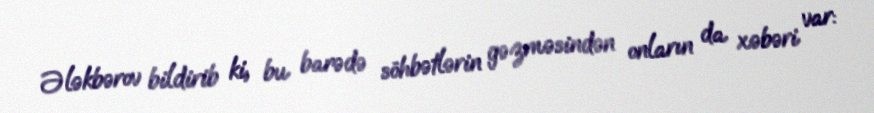
Ələkbərov bildirib ki, bu barədə söhbətlərin gəzməsindən onların da xəbəri var: